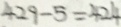
4 2 9 - 5 = 4 2 4